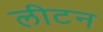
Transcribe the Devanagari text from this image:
लीटन